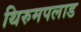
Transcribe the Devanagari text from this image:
थिरुमपलाड